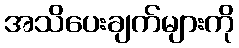
အသိပေးချက်များကို